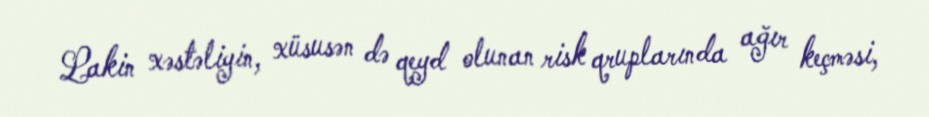
Lakin xəstəliyin, xüsusən də qeyd olunan risk qruplarında ağır keçməsi,